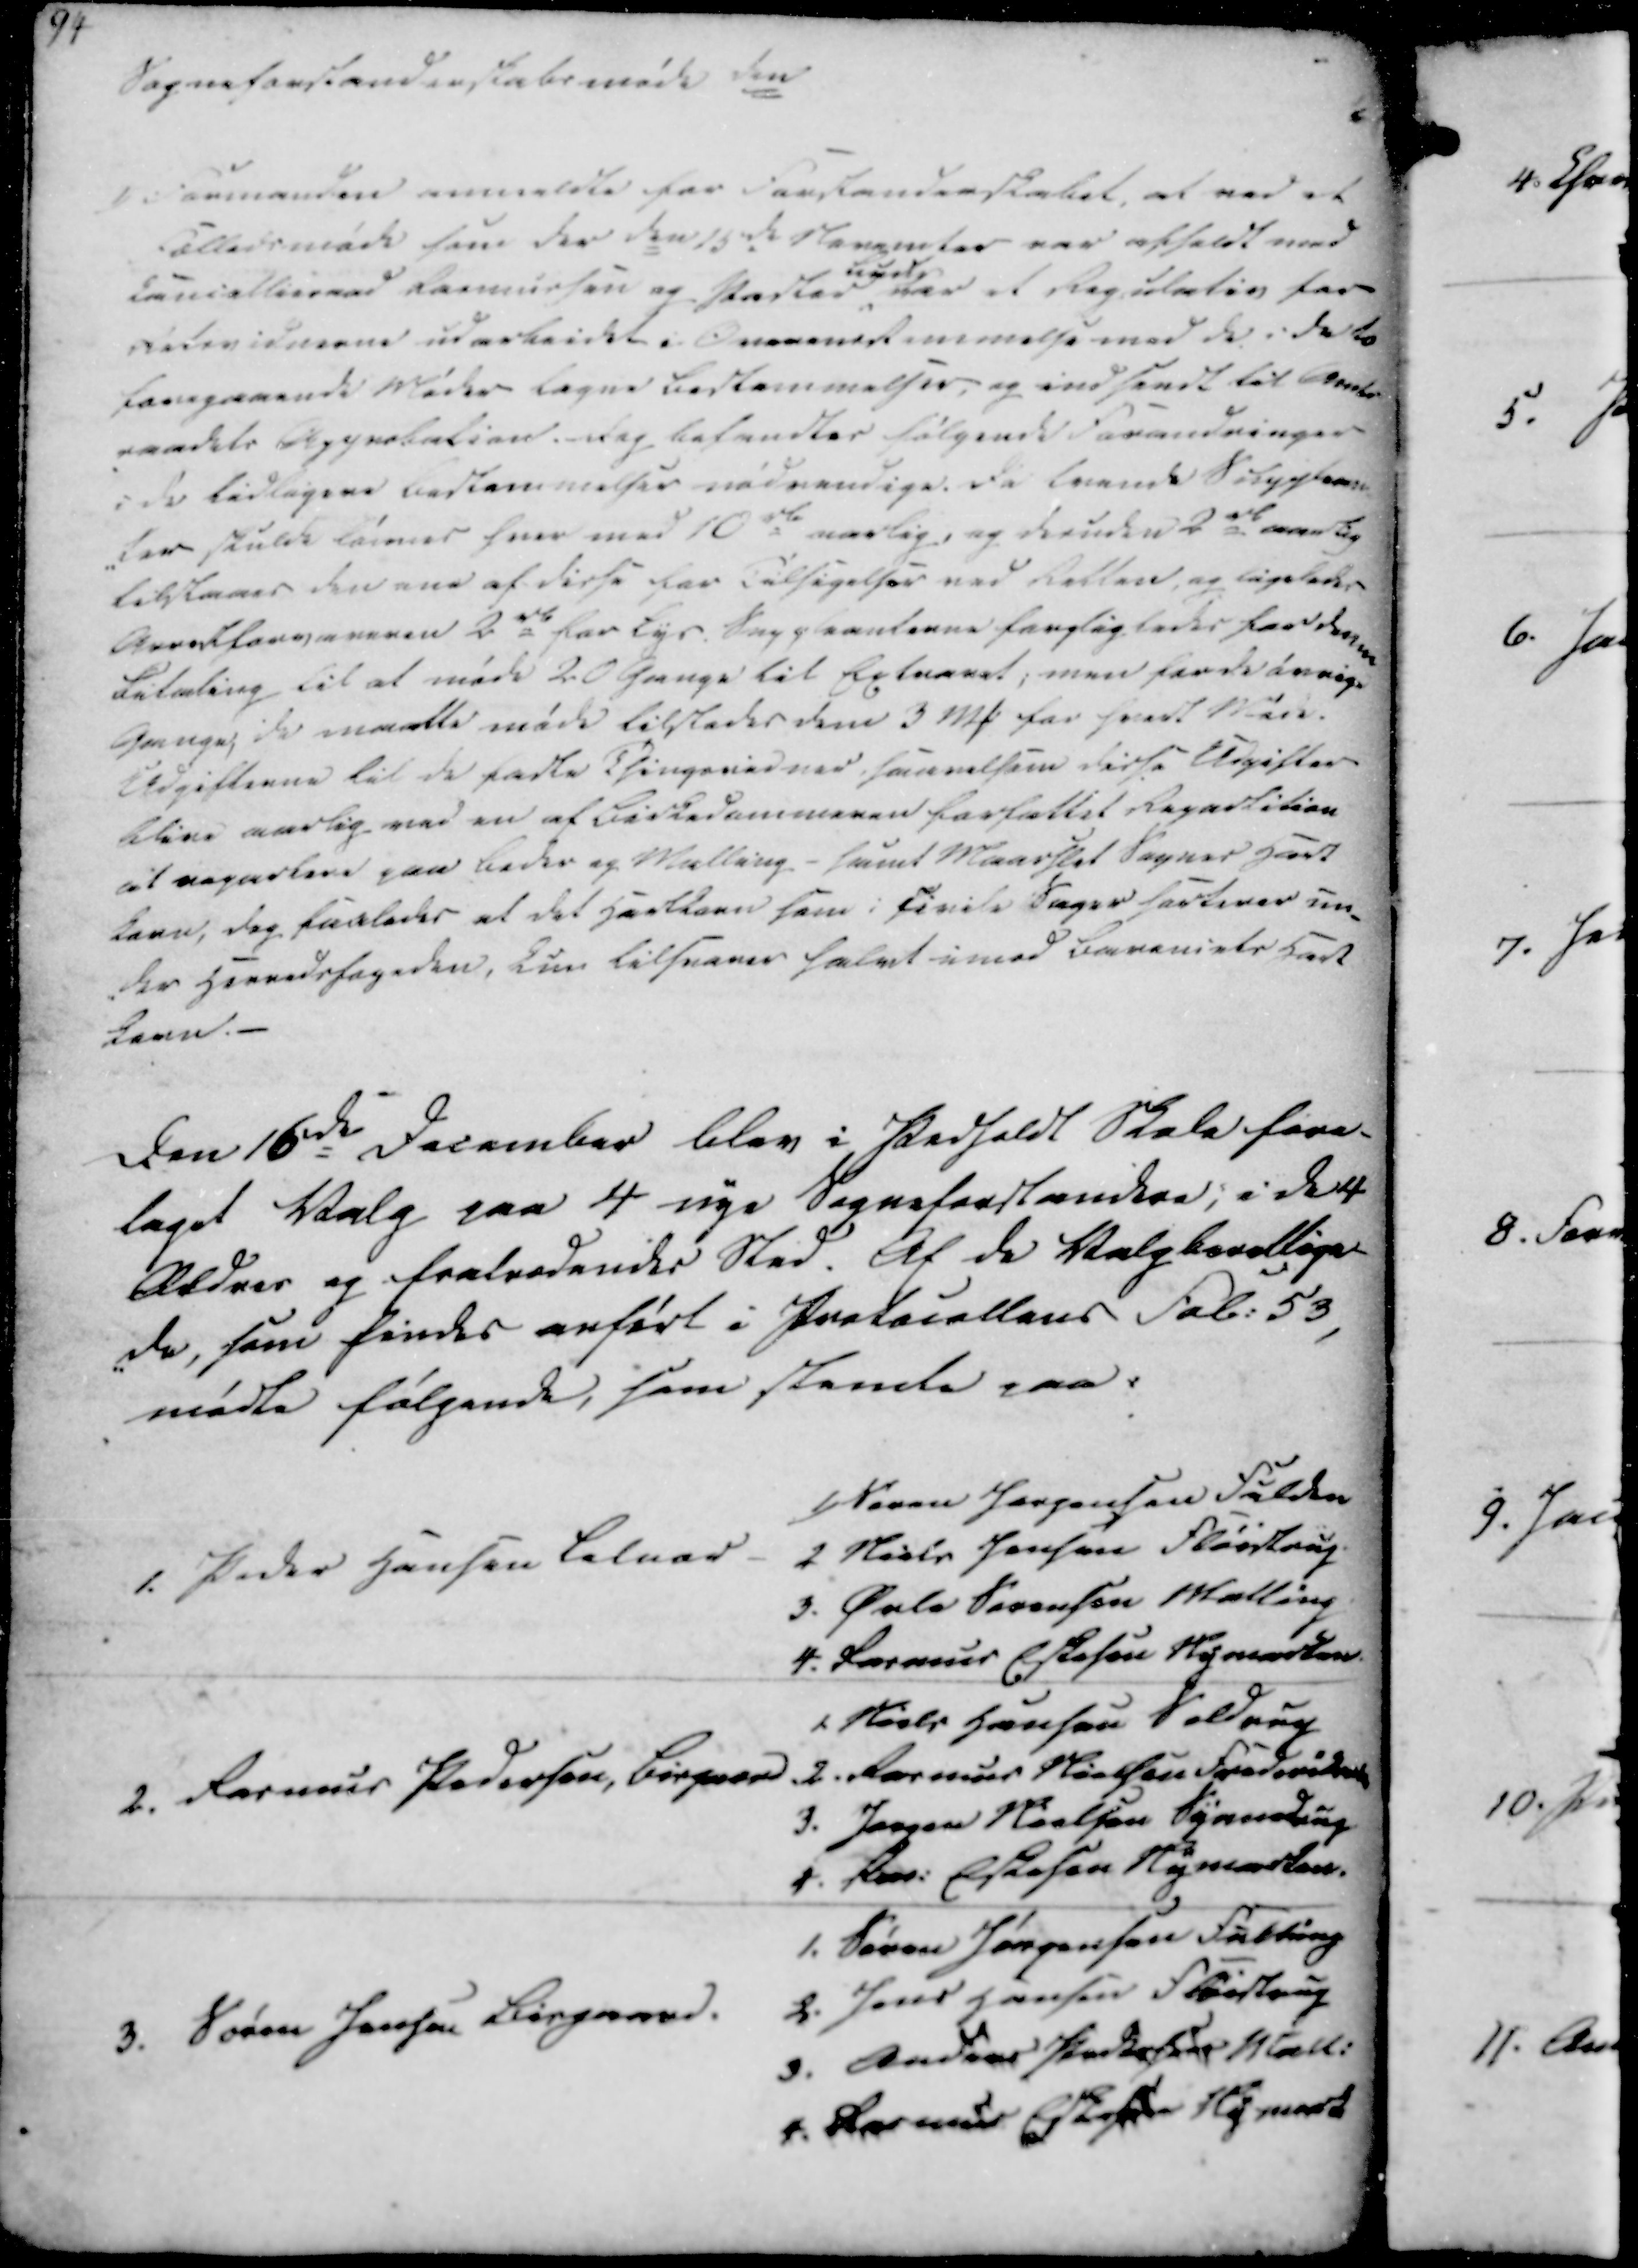
Transskription:
Sogneforstanderskabsmøde den
1) Formanden anmeldte for Forstanderskabet, at ved et
Fælledsmøde som der den 15de November var afholdt med
Cancellieraad Rasmussen og Pastor
Byd,
var et Regulativ for
Retsvidnerne udarbeidet i Overenstemmelse med de i det
foregaaende Møder tagne Bestemmelser, og indsendt til Amt-
raadets Approbation. Dog befandtes følgende Forandringer
i de tidligere bestemmelser nødvendige. Da tvende Supplean
-ter skulde lønnes hver med 10 rd aarlig, og desuden 2 rd aarlig
tilstaaes den ene af disse for Tilsigelser ved Retten, og ligeledes
Aaredforvaneren 2 rd for Lys. Suppleanterne forpligtedes for denne
Betaling til at møde 2 Gange til Extraret; men for de øvrige
Gange, da maatte møde tilstedes dem 3 Mk for hvert Møde.
Udgifterne til de faste Thingsvidner, saavelsom disse Udgifter
blive aarlig med en af Birkedommeren forfattet Repartition
at repartere paa Beder og Malling - samt Maarslet Sognes Hart
Korn, dog saaledes at det Hartkorn som i Finite Sager hartirer un-
-der Herredsfogeden, kun tilsvarer halvt imod Baroniets Hart
Korn.

Den 16de December blev i Pedholdt Skole fore-
taget Valg paa 4 nye Sogneforstandere, i de 4
Ældres og fratrædendes Sted. Af de Valgberettige-
-de, som findes anført i Protocollens Fal. 53,
mødte følgende, som stemte paa:

1. Peder Hansen Lilnor
1) Søren Jørgensen Fulden
2 Niels Jensen Fløistrup
3. Øvle Sørensen Malling
4. Rasmus Eskersen Nymarken

2. Rasmus Pedersen, Bisgaard.
1. Niels Hansen Soldrup
2. Rasmus Nielsen Frederiksodde
3. Jørgen Nielsen Synnedrup
4. Ras. Eskesen Nymarken

3. Søren Jensen Bisgaard.
1. Søren Jørgensen Fulting
2. Jens Hansen Fløistrup
3. Anders Pedersen Mall.
4. Rasmus Eskesen Nymark